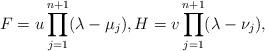
LaTeX: \begin{align*} F=u\prod\limits_{j=1}^{n+1}(\lambda-\mu_{j}), H=v\prod\limits_{j=1}^{n+1}(\lambda-\nu_{j}),\\\end{align*}